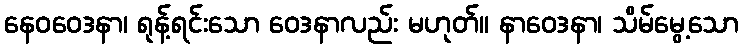
နေဝဝေဒနာ၊ ရုန့်ရင်းသော ဝေဒနာလည်း မဟုတ်။ နာဝေဒနာ၊ သိမ်မွေ့သော